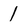
Character: 1